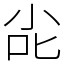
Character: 㕾